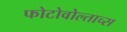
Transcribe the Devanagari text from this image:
फोटोवोल्ताच्स